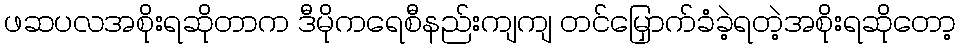
ဖဆပလအစိုးရဆိုတာက ဒီမိုကရေစီနည်းကျကျ တင်မြှောက်ခံခဲ့ရတဲ့အစိုးရဆိုတော့